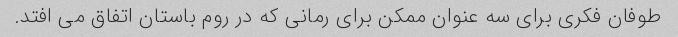
طوفان فکری برای سه عنوان ممکن برای رمانی که در روم باستان اتفاق می افتد.